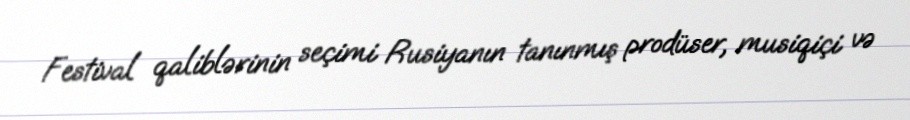
Festival qaliblərinin seçimi Rusiyanın tanınmış prodüser, musiqiçi və